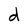
Character: d